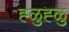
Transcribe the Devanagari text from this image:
ह्ळुह्ळु